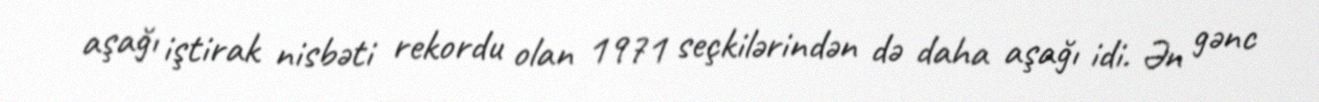
aşağı iştirak nisbəti rekordu olan 1971 seçkilərindən də daha aşağı idi. Ən gənc